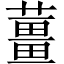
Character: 薑